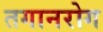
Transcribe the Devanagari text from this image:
तगानरोग